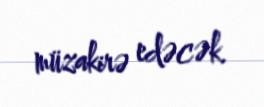
müzakirə edəcək.